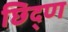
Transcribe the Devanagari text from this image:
छिद्ण